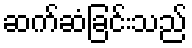
ဆက်ဆံခြင်းသည်